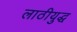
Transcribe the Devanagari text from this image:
लाठीयुद्ध